Annual report of the Madras Medical College
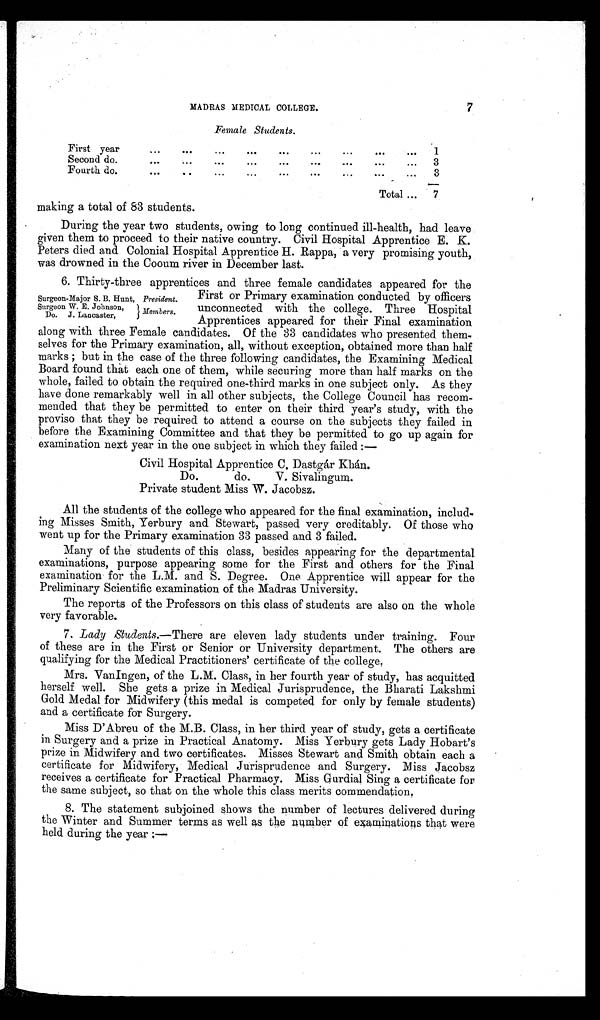
MADRAS MEDICAL COLLEGE.
7
Female Students.
making a total of 83 students.
During the year two students, owing to long continued ill-health, had leave
given them to proceed to their native country. Civil Hospital Apprentice E. K.
Peters died and Colonial Hospital Apprentice H. Rappa, a very promising youth,
was drowned in the Cooum river in December last.
6.
Thirty-three apprentices and three female candidates appeared for the
First or Primary examination conducted by officers
unconnected with the college. Three Hospital
Apprentices appeared for their Final examination
along with three Female candidates. Of the 33 candidates who presented them
selves for the Primary examination, all, without exception, obtained more than half
marks; but in the case of the three following candidates, the Examining Medical
Board found that each one of them, while securing more than half marks on the
whole, failed to obtain the required one-third marks in one subject only. As they
have done remarkably well in all other subjects, the College Council has recom
mended that they be permitted to enter on their third year's study, with the
proviso that they be required to attend a course on the subjects they failed in
before the Examining Committee and that they be permitted to go up again for
examination next year in the one subject in which they failed: —
Surgeon-Major S. B. Hunt, President.
Surgeon W. E. Johnson,
Members
Do. J. Lancaster,
Civil Hospital Apprentice C. Dastgár Khán
Do. do. V. Sivalingum.
Private student Miss W. Jacobsz.
All the students of the college who appeared for the final examination, includ
ing Misses Smith, Yerbury and Stewart, passed very creditably. Of those who
went up for the Primary examination 33 passed and 3 failed.
Many of the students of this class, besides appearing for the departmental
examinations, purpose appearing some for the First and others for the Final
examination for the L.M. and S. Degree. One Apprentice will appear for the
Preliminary Scientific examination of the Madras University.
The reports of the Professors on this class of students are also on the whole
very favorable.
7. Lady Students.—There are eleven lady students under training. Four
of these are in the First or Senior or University department. The others are
qualifying for the Medical Practitioners' certificate of the college.
Mrs. VanIngen, of the L.M. Class, in her fourth year of study, has acquitted
herself well. She gets a prize in Medical Jurisprudence, the Bharati Lakshmi
Gold Medal for Midwifery (this medal is competed for only by female students)
and a certificate for Surgery.
Miss D'Abreu of the M.B. Class, in her third year of study, gets a certificate
in Surgery and a prize in Practical Anatomy. Miss Yerbury gets Lady Hobart's
prize in Midwifery and two certificates. Misses Stewart and Smith obtain each a
certificate for Midwifery, Medical Jurisprudence and Surgery. Miss Jacobsz
receives a certificate for Practical Pharmacy. Miss Gurdial Sing a certificate for
the same subject, so that on the whole this class merits commendation
.
8. The statement subjoined shows the number of lectures delivered during
the Winter and Summer terms as well as the number of examinations that were
held during the year: —